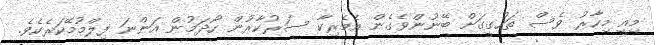
މިއީ މިހާރު ވެސް ތަހުގީގަށް ބޭނުންވެގެން އެމެރިކާ ސަރުކާރުން ހޯދަމުން އަންނަ ފިލްމުމޭކަރެކެވެ.